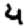
Digit: 4